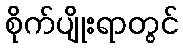
စိုက်ပျိုးရာတွင်